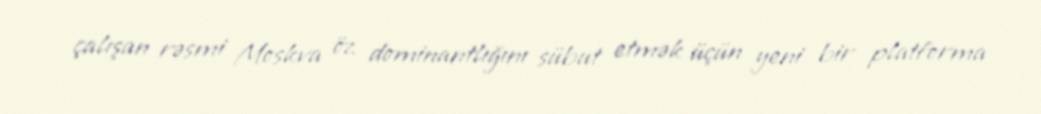
çalışan rəsmi Moskva öz dominantlığını sübut etmək üçün yeni bir platforma